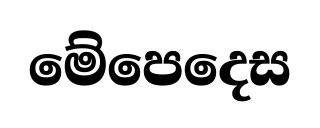
මේපෙදෙස